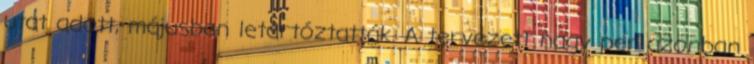
utat adott, májusban letartóztatták. A tervezett nagy per azonban